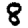
Digit: 8